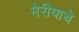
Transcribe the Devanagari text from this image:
मेरीयाचे